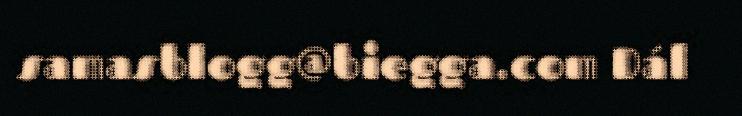
samasblogg@biegga.com Dál